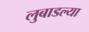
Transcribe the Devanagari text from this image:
लुबाडल्या